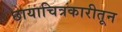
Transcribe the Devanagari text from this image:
छायाचित्रकारीतून